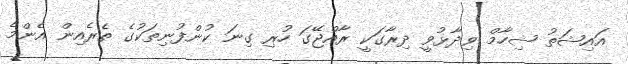
އައިޝަތު ޝިހާމް ވިދާޅުވީ ދިރާގަކީ ރާއްޖޭގަ ހުރި ގިނަ ކުންފުނިތަކުގެ ތެރެއިން އެންމެ